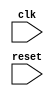
module behavioral_block (
    input wire clk,
    input wire reset
);

always @(posedge clk or negedge reset) begin
    // Define the behavior of the circuit component/module here
    // Add your desired functionality here
end

endmodule